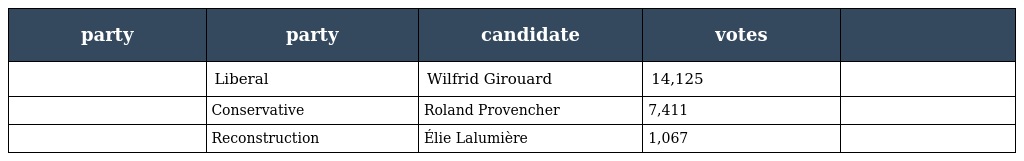
| party | party | candidate | votes |  |
 | --- | --- | --- | --- | --- |
 |  | Liberal | Wilfrid Girouard | 14,125 |  |
 |  | Conservative | Roland Provencher | 7,411 |  |
 |  | Reconstruction | Élie Lalumière | 1,067 |  |